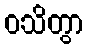
ဝသိတွာ